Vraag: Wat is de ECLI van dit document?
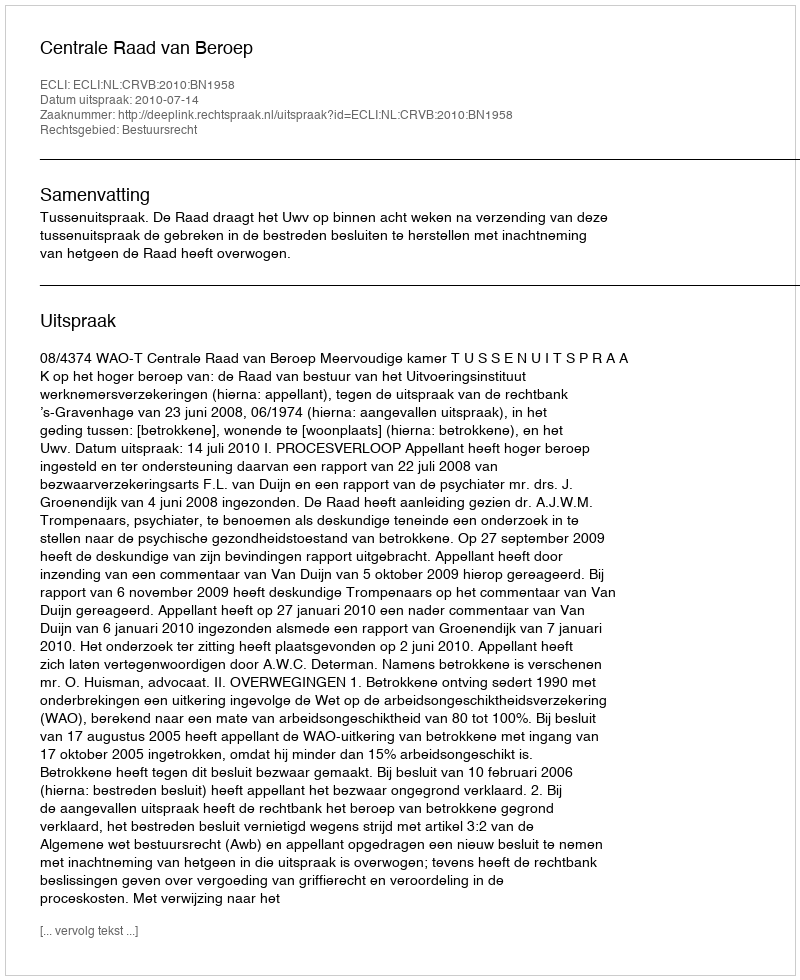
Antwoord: ECLI:NL:CRVB:2010:BN1958